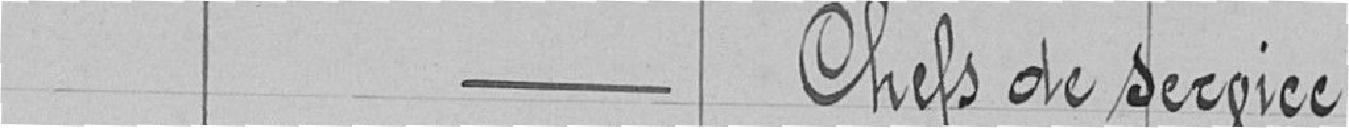
Chefs de service